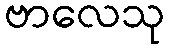
ဗာလေသု